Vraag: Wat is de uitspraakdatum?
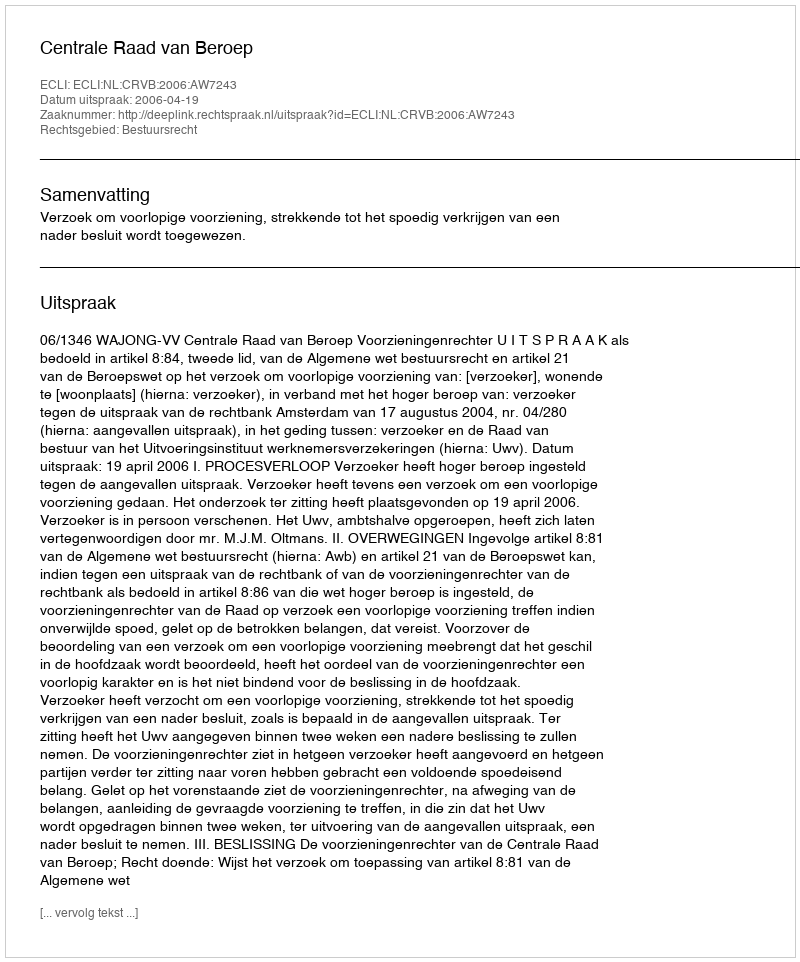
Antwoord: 2006-04-19